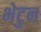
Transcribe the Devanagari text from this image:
भेटुन